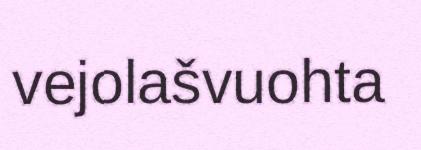
vejolašvuohta